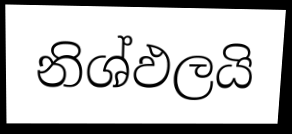
නිශ්ඵලයි